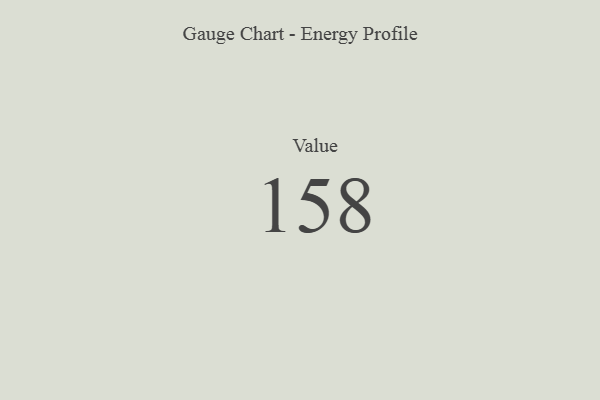
{"axis": {"x": "Metric", "y": "Value"}, "legend": [""], "data": [{"x": "Value", "y": 158, "type": ""}]}